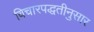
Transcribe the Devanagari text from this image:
विचारपद्धतीनुसार